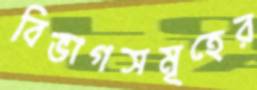
বিভাগসমূহের